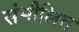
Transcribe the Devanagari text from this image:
संमीलित